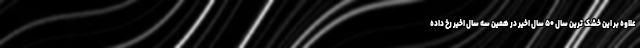
علاوه بر این خشک ترین سال ۵۰ سال اخیر در همین سه سال اخیر رخ داده